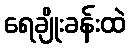
ရေချိုးခန်းထဲ